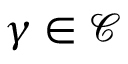
\gamma \in { \mathcal { C } }